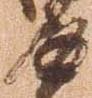
返